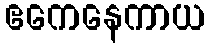
ဧကေနေကာယ